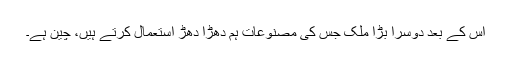
اس کے بعد دوسرا بڑا ملک جس کی مصنوعات ہم دھڑا دھڑ استعمال کرتے ہیں، چین ہے۔